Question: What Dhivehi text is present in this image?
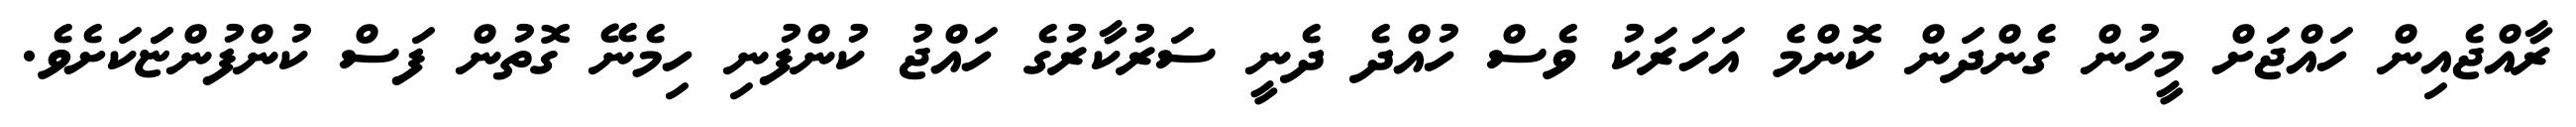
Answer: ރާއްޖެއިން ހައްޖަށް މީހުން ގެންދަން ކޮންމެ އަހަރަކު ވެސް ހުއްދެ ދެނީ ސަރުކާރުގެ ހައްޖު ކުންފުނި ހިމެނޭ ގޮތުން ފަސް ކުންފުންޏަަކަށެވެ.